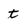
Character: t